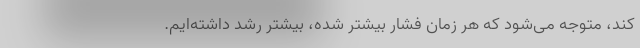
کند، متوجه می‌شود که هر زمان فشار بیشتر شده، بیشتر رشد داشته‌ایم.